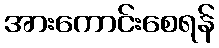
အားကောင်းစေရန်